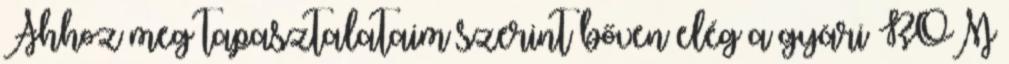
Ahhoz meg tapasztalataim szerint bőven elég a gyári ROM